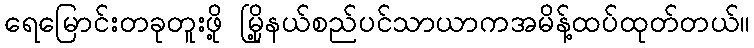
ရေမြောင်းတခုတူးဖို့ မြို့နယ်စည်ပင်သာယာကအမိန့်ထပ်ထုတ်တယ်။